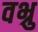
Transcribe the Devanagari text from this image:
वभ्रु